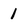
Character: 1